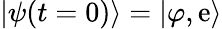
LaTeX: |\psi(t=0)\rangle=|\varphi,\mathrm{e}\rangle